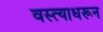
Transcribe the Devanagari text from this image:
वस्त्याधरून